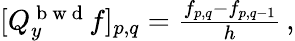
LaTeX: \begin{array}{r}{[Q_{y}^{\mathrm{~b~w~d~}}f]_{p,q}=\frac{f_{p,q}-f_{p,q-1}}{h}\, ,}\end{array}